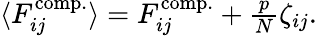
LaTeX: \begin{array}{r}{\langle F_{ij}^{\mathrm{comp.}}\rangle=F_{ij}^{\mathrm{comp.}}+\frac{p}{N}\zeta_{ij}.}\end{array}